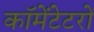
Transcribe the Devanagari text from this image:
कॉमेंटेटरों